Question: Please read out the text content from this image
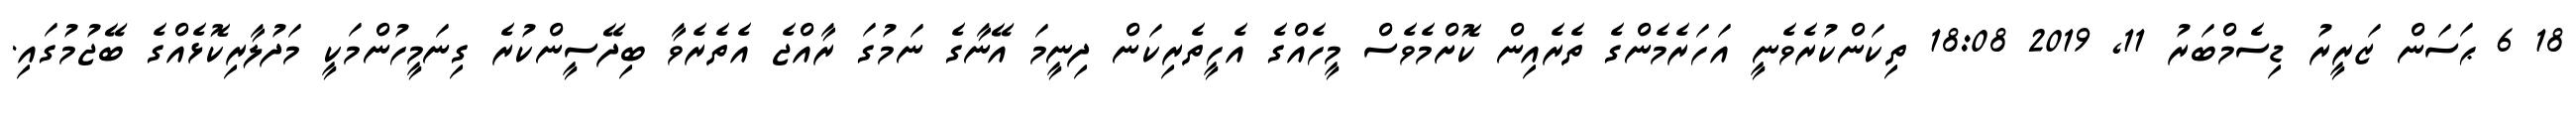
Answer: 18 6 ޙަސަން ޒަރީރު ޑިސެމްބަރު 11, 2019 18:08 ތިކަންކުރެވެނީ އަހަރެމެންގެ ތެރެއިން ކޮށްމެވެސް މީހެއްގެ އެހީތެރިކަން ދިނީމަ އޭނާގެ ނަމުގަ ރާއްޖެ އެތެރެވާ ބިދޭސީންކުރެ ގިނަމީހުންމަކީ މަދުލާރިކޮޅެއްގެ ބޭޖުމުގައި.